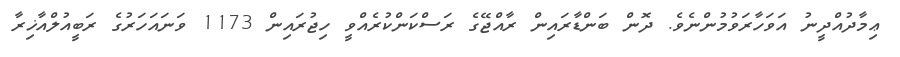
ޢިމާދުއްދީނު އަވަހާރަވުމުންނެވެ. ދޮން ބަންޑާރައިން ރާއްޖޭގެ ރަސްކަންކުރެއްވީ ހިޖުރައިން 1173 ވަނައަހަރުގެ ރަބީއުލްއާޚިރާ